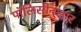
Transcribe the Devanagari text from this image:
पॉलिसीनुसार